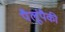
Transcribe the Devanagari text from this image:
पैलूंपैकी